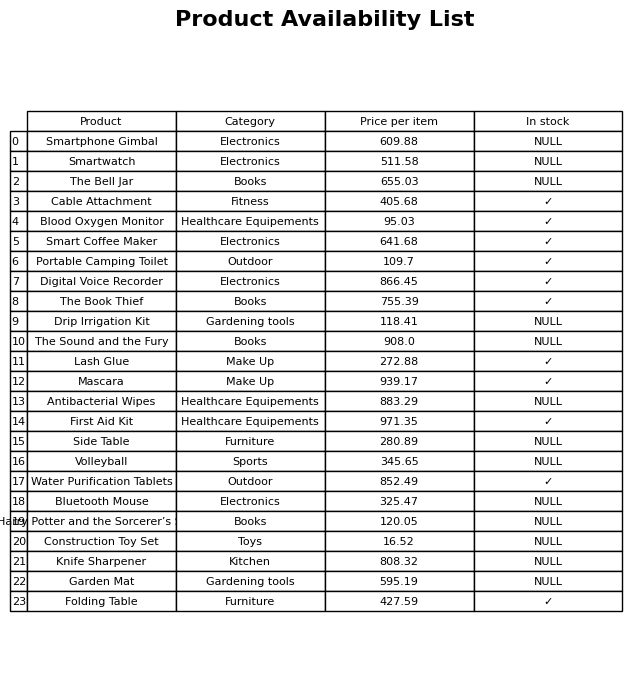
question: What is the price for Lash Glue?
answer: The price of Lash Glue is 272.88.